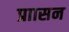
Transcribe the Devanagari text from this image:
प्राासन